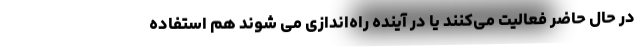
در حال حاضر فعالیت می‌کنند یا در آینده راه‌اندازی می شوند هم استفاده